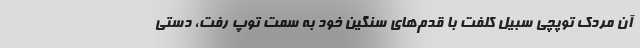
آن مردک توپچی سبیل کلفت با قدم‌های سنگین خود به سمت توپ رفت، دستی